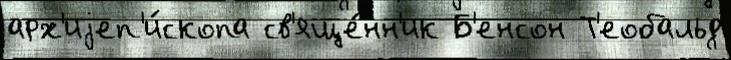
арх'иjеп'и́скопа св'яще́нн'ик Б'енсон Т'еобальд